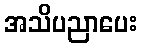
အသိပညာပေး